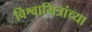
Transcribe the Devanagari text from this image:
विश्वामित्रांच्या